Paatsalu_vallavalitsus, lk 8
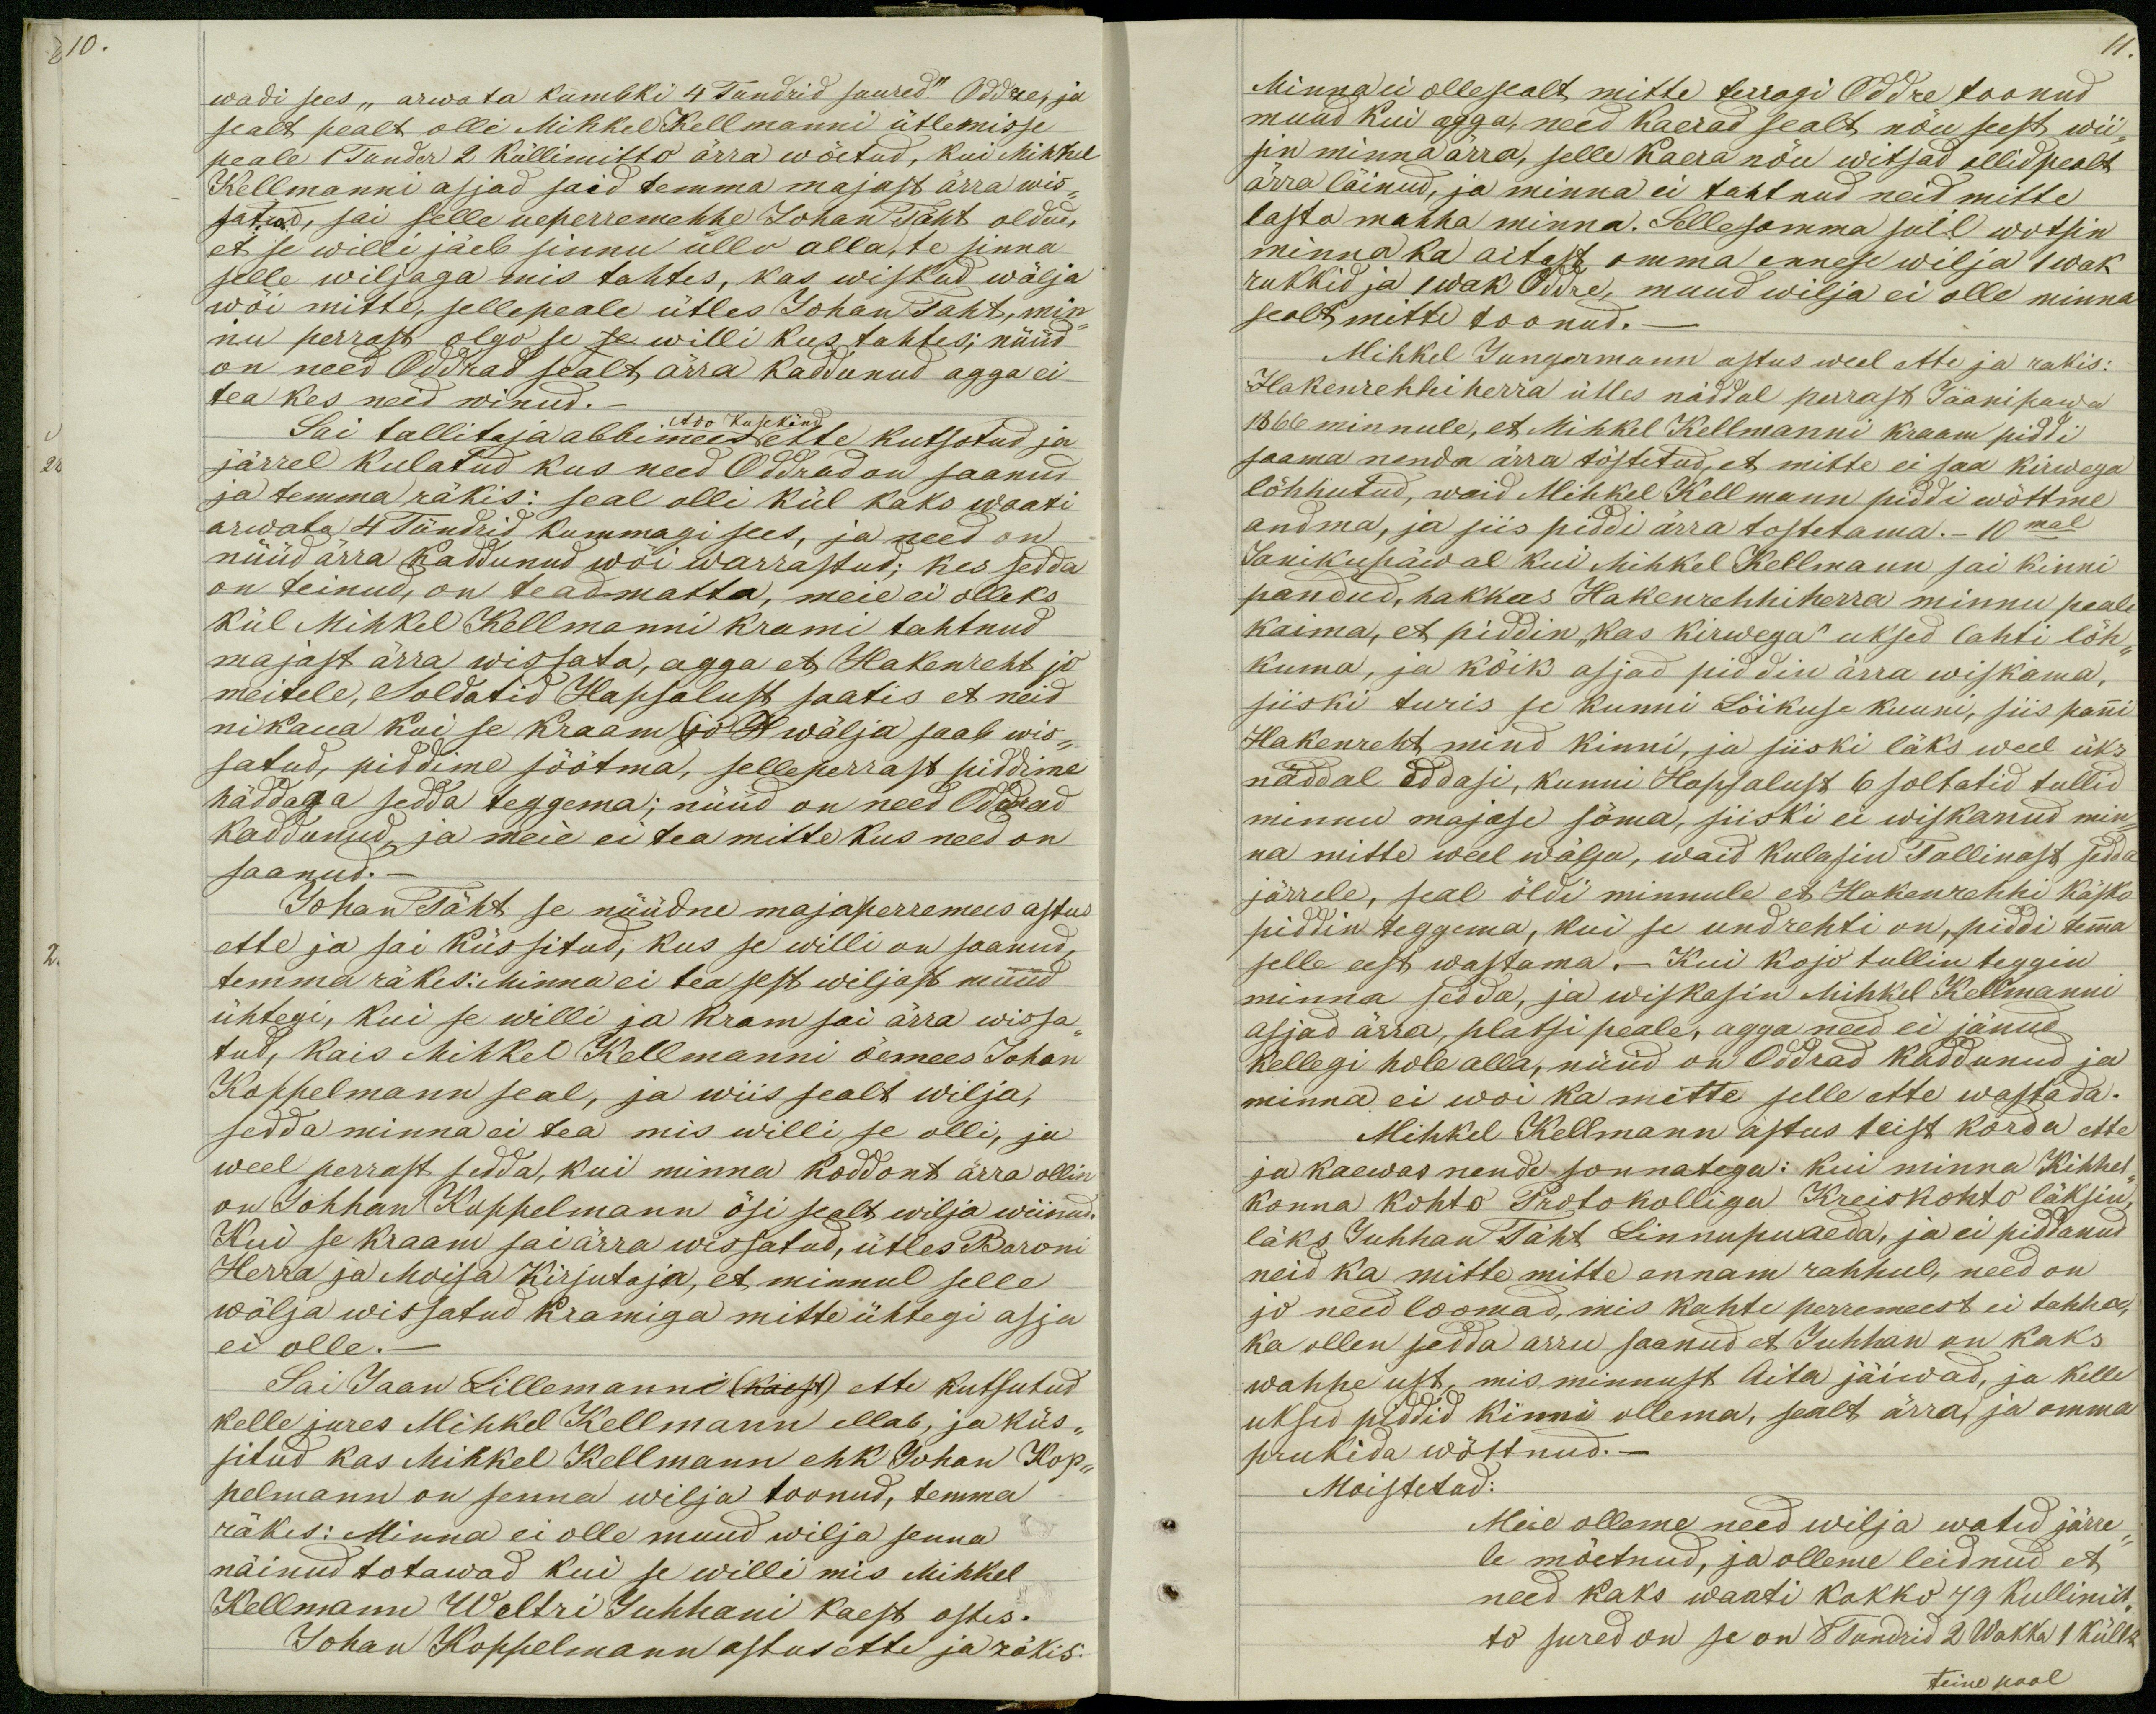
10.

11.

wadi sees "arwata kumbki 4 Tundrid suured." Oddre, ja
sealt pealt olli Mihkel Kellmanni ütlemisse
peale 1 Tunder 2 küllimitto ärra wõetud, kui Mihkel
Kellmanni asjad said temma majast ärra wis-
satud, sai selle ueperremehhe Johan Täht oldud,
et se willi jäeb sinnu üllo alla, te sinna
selle wiljaga mis tahtes, kas wiskad wälja
wõi mitte, sellepeale ütles Johan Taht, min-
nu perrast olgo se se willi kus tahtes; nüüd
on need Oddrad sealt ärra kaddunud agga ei
tea kes neid winud._
Ado Kusekänd
Sai tallitaja abbimees ette kutsotud ja
järrel kulatud kus need Oddrad on saanud
ja temma räkis: seal olli kül kaks waati
arwata 4 Tündrid kummagi sees, ja need on
nüüd ärra kaddunud wõi warrastud; kes sedda
on teinud, on teadmatta, meie ei olleks
kül Mihkel Kellmanni krami tahtnud
majast ärra wissata, agga et Hakenreht jo
meitele, Soldatid Hapsalust saatis et neid
nikaua kui se kraam (jo R ) wälja saab wis-
satud, piddime söötma, selleperrast piddime
häddaga sedda teggema; nüüd on need Oddrad
kaddunud, ja meie ei tea mitte kus need on
saanud._
Johan Täht se nüüdne majaperremees astus
ette ja sai küssitud; kus se willi on saanud,
temma räkes: Minna ei tea sest wiljast nüüd
ühtegi, kui se willi ja kram sai ärra wissa-
tud, kais Mihkel Kellmanni õemees Johan
Koppelmann seal, ja wiis sealt wilja,
sedda minna ei tea mis willi se olli, ja
weel perrast sedda, kui minna koddont ärra ollin
on Johhan Koppelmann ösi sealt wilja wiinud.
Kui se kraam sai ärra wissatud, ütles Baroni
Herra ja Moisa kirjutaja, et minnul selle
wälja wissatud kramiga mitte ühtegi asja
ei olle._
Sai Jaan Lillemanni (käest) ette kutsutud
kelle jures Mihkel Kellmann ellab, ja küs-
situd kas Mihkel Kellmann ehk Johan Kop-
pelmann on senna wilja toonud, temma
räkes: Minna ei olle muud wilja senna
näinud totawad kui se willi mis Mihkel
Kellmann Weltri Juhhani kaest ostes.
Johan Koppelmann astus ette ja räkis:

Minna ei olle sealt mitte terragi Oddre toonud
muud kui agga, need kaerad sealt nõu seest wii-
sin minna ärra, selle kaera nõu witsad ollid pealt
ärra läinud, ja minna ei tahtnud neid mitte
lasta mahha minna. Sellesamma suil wotsin
minna ka aitast omma ennese wilja 1 wak
rukkid ja 1 wak Oddre, muud wilja ei olle minna
sealt mitte toonud._
Mihkel Jungermann astus weel ette ja rakis:
Hakenrehhiherra ütles näddal perrast Jaanipawa
1866 minnule, et Mihkel Kellmanni kraam piddi
saama nenda ärra tõstetud, et mitte ei saa kirwega
lõhhutud, waid Mihkel Kellmann piddi wõttme
andma, ja siis piddi ärra tostetama._10mal
Janikupäwal kui Mihkel Kellmann sai kinni
pandud, hakkas Hakenrehhiherra minnu peale
kaima, et piddin "kas kirwega" uksed lahti lõh-
kuma, ja kõik asjad piddin ärra wiskama,
siiski turis se kunni Lõikuse kuuni, siis panni
Hakenreht mind kinni, ja siiski läks weel üks
näddal eddasi, kunni Hapsalust 6 soltatid tullid
minnu majase söma, siiski ei wiskanud min-
na mitte weel wälja, waid kulasin Tallinast sedda
järrele, seal öldi minnule et Hakenrehhi käsko
piddin teggema, kui se undrehti on, piddi temma
selle eest wastama._ Kui kojo tullin teggin
minna sedda, ja wiskasin Mihkel Kellmanni
asjad ärra, platsi peale, agga need ei jänud
kellegi hole alla, nüüd on Odrad kaddunud ja
minna ei woi ka mitte selle ette wastada.
Mihkel Kellmann astus teist korda ette
ja kaewas nende sonnatega: kui minna Kihhel-
konna kohto Protokolliga Kreiskohto läksin,
läks Juhhan Täht Linnupuaeda, ja ei piddanud
neid ka mitte mitte ennam rahhul, need on
jo need loomad, mis kahte perremeest ei tahha,
ka ollen sedda arru saanud et Juhhan on kaks
wahhe ust, mis minnust Aita jäiwad, ja kelle
uksed piddid kinni ollema, sealt ärra, ja omma
prukida wõttnud._
Moistetud:
Meie olleme need wilja watid järre-
le mõetnud, ja olleme leidnud et
need kaks waati kokko 79 kullimit-
to sured on se on 8 Tundrid 2 Wakka 1 küllt
teine pool